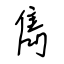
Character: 雋